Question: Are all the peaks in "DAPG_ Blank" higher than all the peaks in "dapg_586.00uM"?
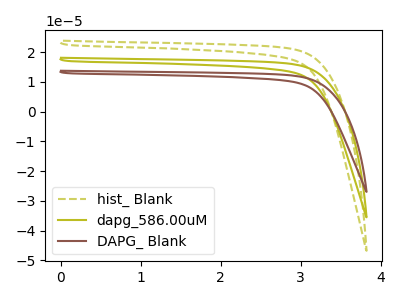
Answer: <think>The olive dashed curve "hist_ Blank" has no peaks. The olive curve "dapg_586.00uM" has no peaks. The brown curve "DAPG_ Blank" has no peaks.</think>
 <answer>Niether CV has any peaks.</answer>
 <eval>blanks</eval>